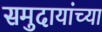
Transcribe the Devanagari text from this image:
समुदायांच्या